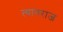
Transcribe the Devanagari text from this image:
त्‍यागराज